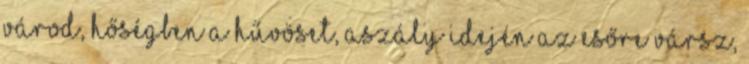
várod, hőségben a hűvöset, aszály idején az esőre vársz,